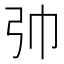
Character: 𢎭